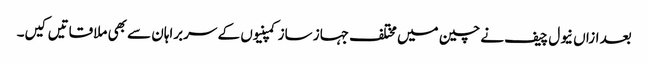
بعد ازاں نیول چیف نے چین میں مختلف جہاز ساز کمپنیوں کے سربراہان سے بھی ملاقاتیں کیں۔